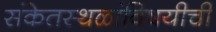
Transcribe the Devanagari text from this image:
संकेतस्थळांविषयीची